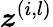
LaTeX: \boldsymbol{z}^{(i,l)}